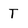
Character: T